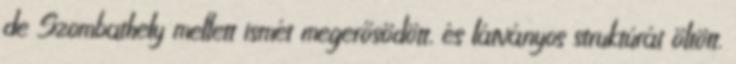
de Szombathely mellett ismét megerősödött, és látványos struktúrát öltött.